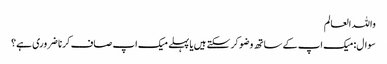
واللہ العالم
سوال:میک اپ کے ساتھ وضو کر سکتے ہیں یا پہلے میک اپ صاف کرنا ضروری ہے؟